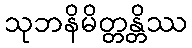
သုဘနိမိတ္တန္တိဿ